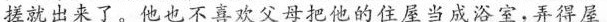
搓就出来一了--他也不直欢父母把他的住屋当成浴室一弄得屋